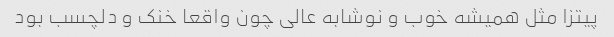
پیتزا مثل همیشه خوب و نوشابه عالی چون واقعا خنک و دلچسب بود